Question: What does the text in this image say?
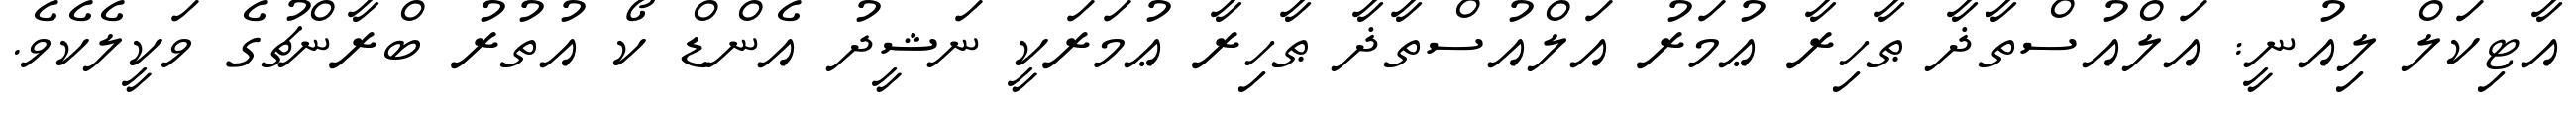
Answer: އާޓިކަލް ލިއުނީ: އަލްއުސްތާޛާ ޠާހިރާ ޢުމަރު އަލްއުސްތާޛާ ޠާހިރާ ޢުމަރަކީ ނަޝީދު އެންޑް ކޯ އުތުރު ބްރާންޗުގެ ވަކީލެކެވެ.